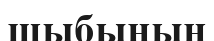
шыбынын